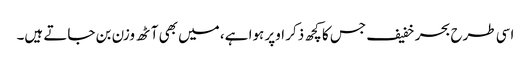
اسی طرح بحر خفیف جس کا کچھ ذکر اوپر ہوا ہے، میں بھی آٹھ وزن بن جاتے ہیں۔